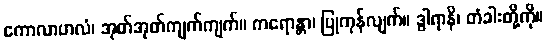
ကောလာဟလံ၊ အုတ်အုတ်ကျက်ကျက်။ ကရောန္တာ၊ ပြုကုန်လျက်။ ဒွါရာနိ၊ တံခါးတို့ကို။